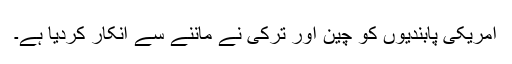
امریکی پابندیوں کو چین اور ترکی نے ماننے سے انکار کردیا ہے۔